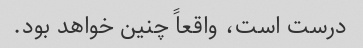
درست است، واقعاً چنین خواهد بود.